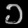
Digit: ၁